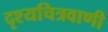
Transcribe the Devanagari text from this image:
दृश्यचित्रवाणी